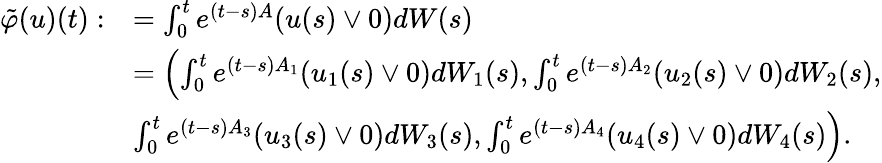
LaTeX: \begin{array}{rl}{\tilde{\varphi}(u)(t):}&{=\int_{0}^{t}e^{(t-s)A}(u(s)\vee 0)dW(s)}\\ &{=\Bigl(\int_{0}^{t}e^{(t-s)A_{1}}(u_{1}(s)\vee 0)dW_{1}(s),\int_{0}^{t}e^{(t-s)A_{2}}(u_{2}(s)\vee 0)dW_{2}(s),}\\ &{\int_{0}^{t}e^{(t-s)A_{3}}(u_{3}(s)\vee 0)dW_{3}(s),\int_{0}^{t}e^{(t-s)A_{4}}(u_{4}(s)\vee 0)dW_{4}(s)\Bigr).}\end{array}